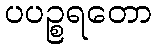
ပပဉ္စရတော